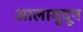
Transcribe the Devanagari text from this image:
आलामूदून